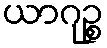
ယာဂုဉ္စ